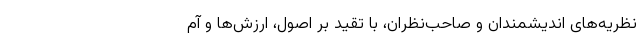
نظریه­های اندیشمندان و صاحب­نظران، با تقیّد بر اصول، ارزش‌ها و آم